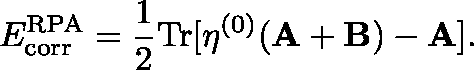
E _ { \mathrm { c o r r } } ^ { \mathrm { R P A } } = \frac { 1 } { 2 } \mathrm { T r } [ \mathbf { \eta } ^ { ( 0 ) } ( \mathbf { A } + \mathbf { B } ) - \mathbf { A } ] .